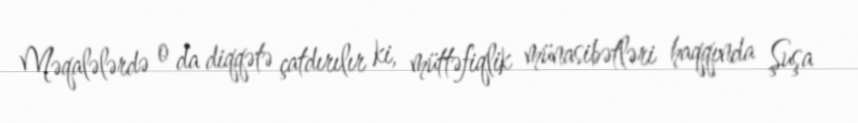
Məqalələrdə o da diqqətə çatdırılır ki, müttəfiqlik münasibətləri haqqında Şuşa